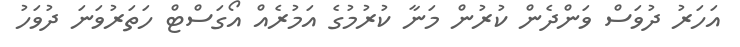
އަހަރު ދުވަސް ވަންދެން ކުރުން މަނާ ކުރުމުގެ އަމުރެއް އޯގަސްޓް ހަތަރުވަނަ ދުވަހު